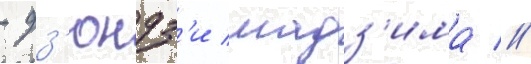
- дз'юндз'и мадз'има //